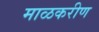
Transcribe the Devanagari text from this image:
माळकरीण